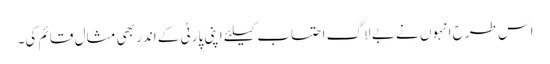
اس طرح انہوں نے بے لاگ احتساب کیلئے اپنی پارٹی کے اندر بھی مثال قائم کی۔